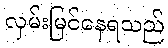
လှမ်းမြင်နေရသည်